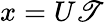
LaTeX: x=U\mathscr{T}